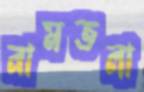
নামতলা